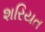
શરિયત